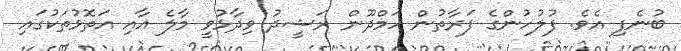
ބުނެފި އެވެ. ފުލުހުންގެ ފަރާތުން ހަމްދޫން ރަޝީދު ވިދާޅުވީ މާލެ އާއި އަތޮޅުތަކުގައި